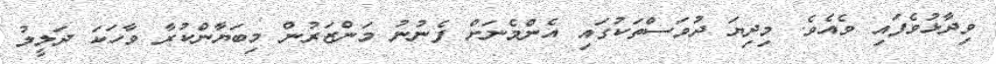
ވިދާޅުވެފައި ވެއެވެ. މިދިޔަ ދުވަސްތަކުގައި އެންމެނަށް ފެނުނު މަންޒަރުން މިބަޔާންކުރާ ވާހަކަ ދަލީލު